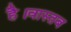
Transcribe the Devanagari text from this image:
है।वास्तब